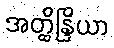
အတ္ထိန္ဒြိယာ